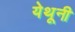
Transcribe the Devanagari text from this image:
येथूनी